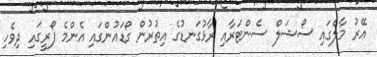
އޭރު މާލެގައި ސޯޝަލް ސެންޓަރާއި ރާޅުގަނޑުގެ އިތުރުން ގޯޑައުންގައި އެންމެ ފޯރީގައި ދިވެހި